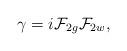
LaTeX: \begin{align*}{\gamma}=i{\cal F}_{2g}{\cal F}_{2w},\end{align*}